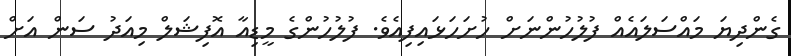
ގެންދިޔަ މައްސަލައެއް ފުލުހުންނަށް ހުށަހަޅައިފިއެވެ. ފުލުހުންގެ މީޑިއާ އޮފިޝަލް މިއަދު ސަން އަށް